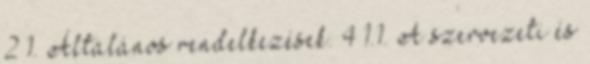
2 1. Általános rendelkezések. 4 1.1. A szervezeti és